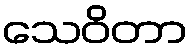
သေဝိတာ